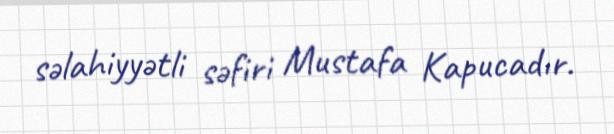
səlahiyyətli səfiri Mustafa Kapucadır.